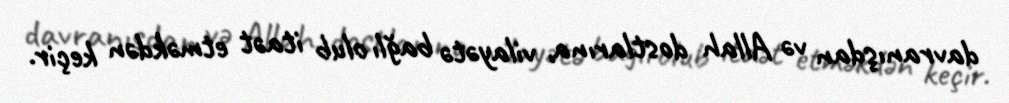
davranışdan və Allah dostlarına, vilayətə bağlı olub itaət etməkdən keçir.